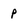
Character: P